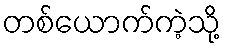
တစ်ယောက်ကဲ့သို့